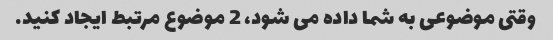
وقتی موضوعی به شما داده می شود، 2 موضوع مرتبط ایجاد کنید.